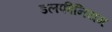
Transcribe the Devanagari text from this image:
डलफीनियम